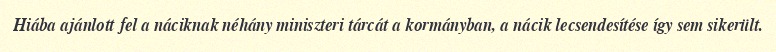
Hiába ajánlott fel a náciknak néhány miniszteri tárcát a kormányban, a nácik lecsendesítése így sem sikerült.